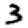
Digit: 3